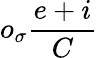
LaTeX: o_{\sigma}\frac{e+i}{C}